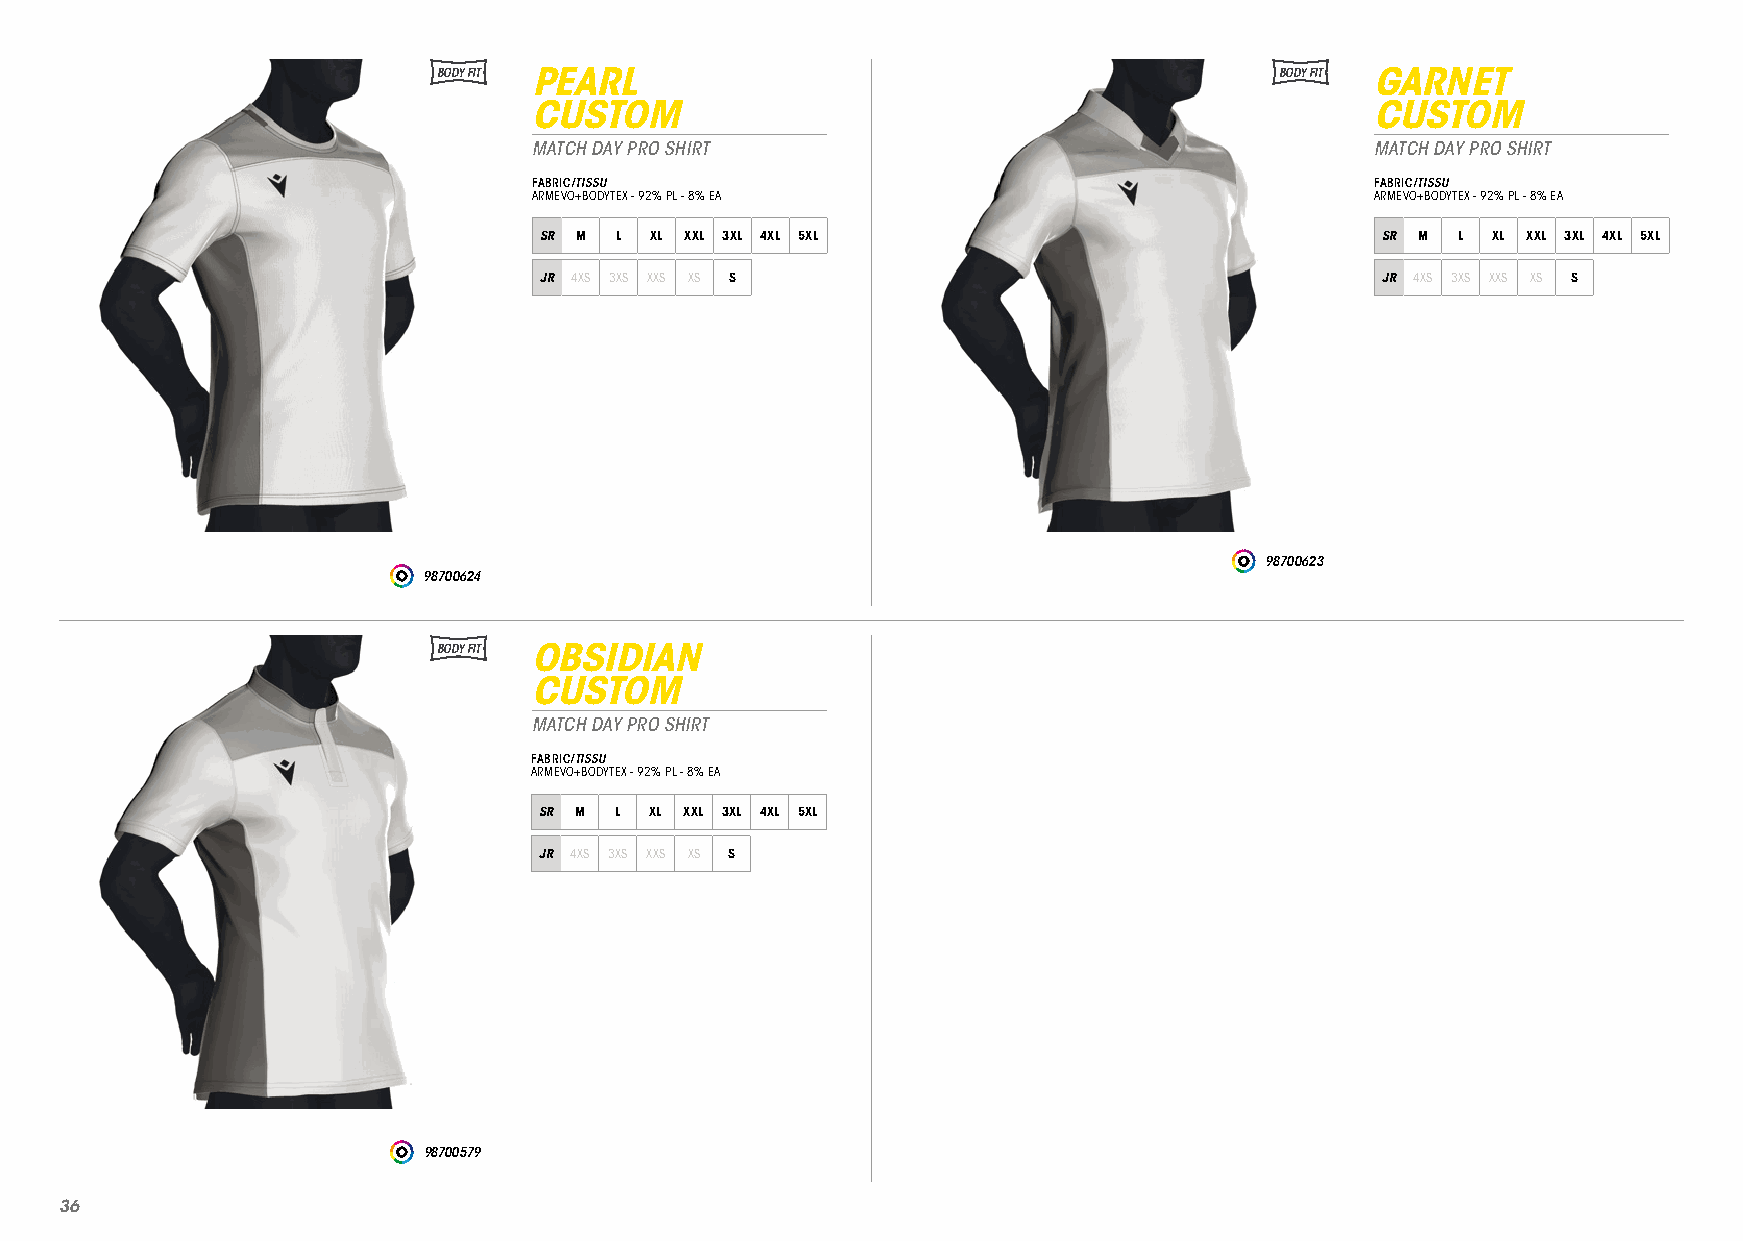
BODY FIT PEARL                                          BODY FIT GARNET
 CUSTOM                                                  CUSTOM
 MATCH DAY PRO SHIRT                                     MATCH DAY PRO SHIRT
 FABRIC/TISSU                                            FABRIC/TISSU
 ARMEVO+BODYTEX - 92% PL - 8% EA                         ARMEVO+BODYTEX - 92% PL - 8% EA
 SR M L XL XXL 3XL 4XL 5XL                              SR M L  XL XXL 3XL 4XL 5XL
 JR 4XS 3XS XXS XS S                                    JR 4XS 3XS XXS XS S
 98700623
 98700624
 BODY FIT OBSIDIAN
 CUSTOM
 MATCH DAY PRO SHIRT
 FABRIC/TISSU
 ARMEVO+BODYTEX - 92% PL - 8% EA
 SR M L XL XXL 3XL 4XL 5XL
 JR 4XS 3XS XXS XS S
 98700579
 3366